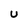
Character: U